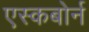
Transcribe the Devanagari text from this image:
एस्कबोर्न